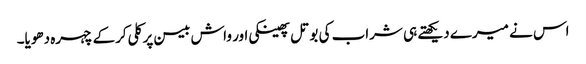
اس نے میرے دیکھتے ہی شراب کی بوتل پھینکی اور واش بیسن پر کلی کرکے چہرہ دھویا۔